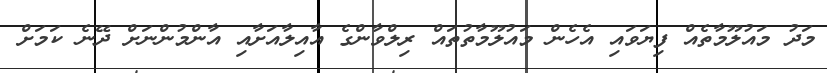
މަދު މައުލޫމާތެއް ފިޔަވައި އެހެން މައުލޫމާތުތަައް ރިލްވާންގެ އާއިލާއަށާއި އާންމުންނަށް ދޭނެ ކަމަށް